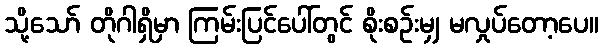
သို့သော် တိုဂါရှိမှာ ကြမ်းပြင်ပေါ်တွင် စိုးစဉ်းမျှ မလှုပ်တော့ပေ။